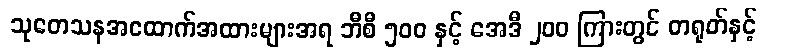
သုတေသနအထောက်အထားများအရ ဘီစီ ၅၀၀ နှင့် အေဒီ ၂၀၀ ကြားတွင် တရုတ်နှင့်